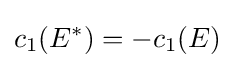
c_{1}(E^{*})=-c_{1}(E)